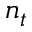
n _ { t }